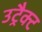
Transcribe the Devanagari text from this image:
उट्रैक्ट